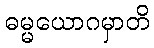
ဓမ္မယောဂမှာတိ